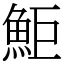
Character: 鮔